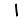
Digit: 1